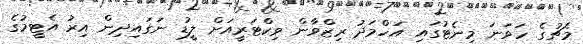
މެޗުގެ ހަވަނަ މިނެޓުގައި އަހްމަދު ރިޒްވާން ވިކްޓަރީއަށް ލީޑު ނަގައިދިން އިރު އެޓީމުގެ